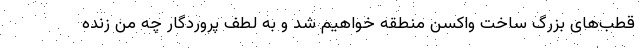
قطب‌های بزرگ ساخت واکسن منطقه خواهیم شد و به لطف پروردگار چه من زنده